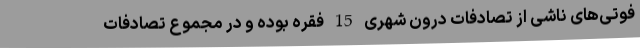
فوتی‌های ناشی از تصادفات درون شهری 15 فقره بوده و در مجموع تصادفات